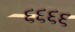
૬૬૬૬